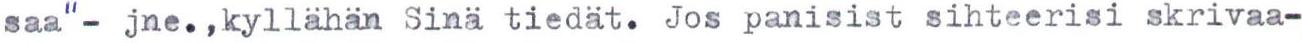
saa"- jne., kyllähän Sinä tiedät. Jos panisist sihteerisi skrivaa-